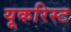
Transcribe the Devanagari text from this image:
यूकरिस्ट